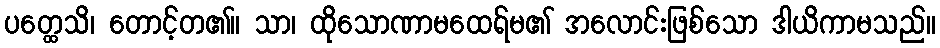
ပတ္ထေသိ၊ တောင့်တ၏။ သာ၊ ထိုသောဏာမထေရ်မ၏ အလောင်းဖြစ်သော ဒါယိကာမသည်။